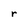
Character: r